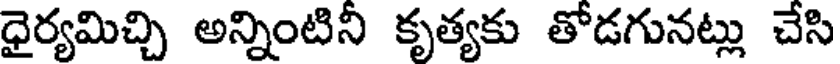
ధైర్యమిచ్చి అన్నింటినీ కృత్యకు తోడగునట్లు చేసి